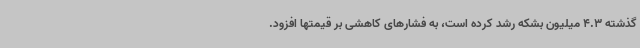
گذشته 4.3 میلیون بشکه رشد کرده است، به فشارهای کاهشی بر قیمتها افزود.